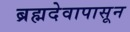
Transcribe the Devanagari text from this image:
ब्रह्मदेवापासून